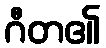
ဂီတ၏